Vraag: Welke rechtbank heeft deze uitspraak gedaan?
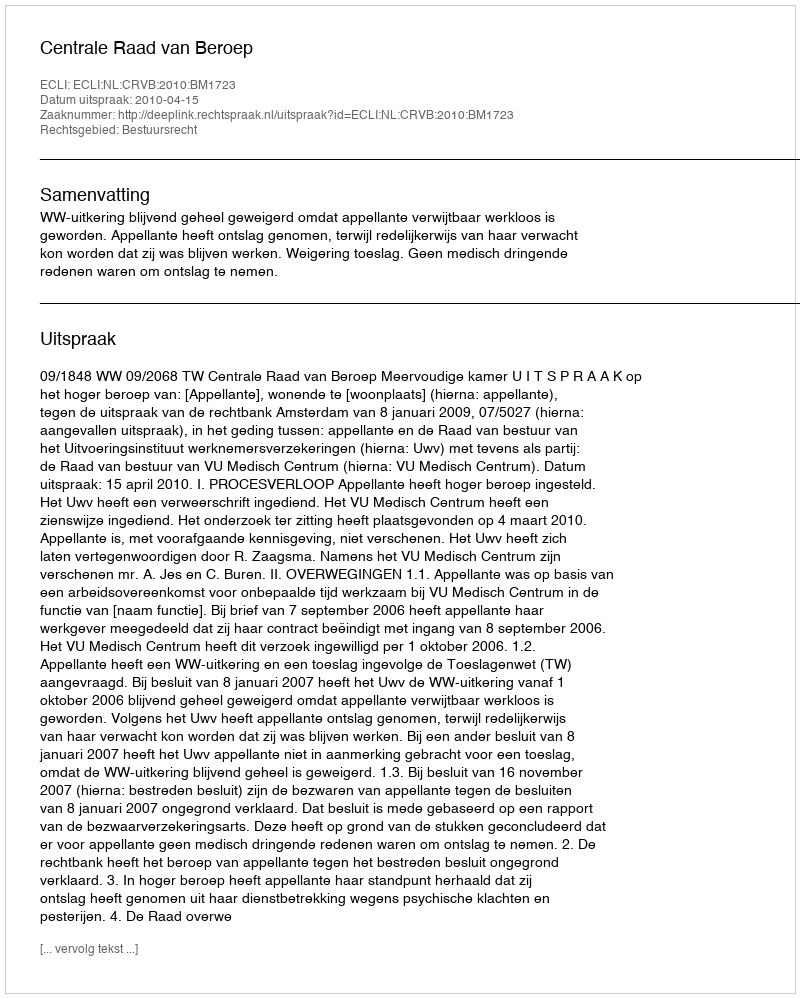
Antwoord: Centrale Raad van Beroep